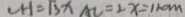
C H = 1 3 x A C = 2 x = 1 1 0 m